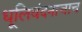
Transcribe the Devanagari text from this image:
धूलिवंदनाचाच